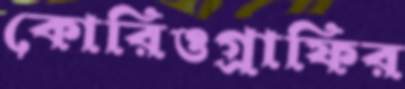
কোরিওগ্রাফির